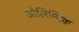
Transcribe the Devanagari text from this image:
ओलिम्पिक़